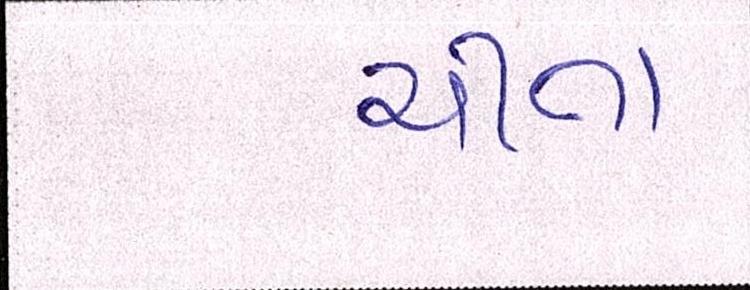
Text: ચીતા